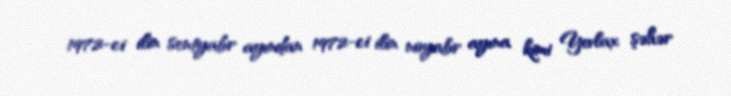
1972-ci ilin sentyabr ayından 1972-ci ilin noyabr ayına kimi Yevlax şəhər